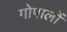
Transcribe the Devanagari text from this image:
गोपालों